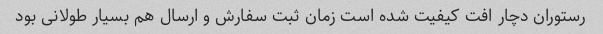
رستوران دچار افت کیفیت شده است زمان ثبت سفارش و ارسال هم بسیار طولانی بود